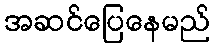
အဆင်ပြေနေမည်